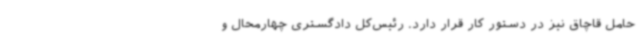
حامل قاچاق نیز در دستور کار قرار دارد. رئیس‌کل دادگستری چهارمحال و